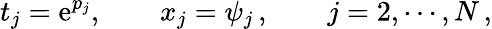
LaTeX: t_{j}=\mathrm{e}^{p_{j}},\qquad x_{j}=\psi_{j}\, ,\qquad j=2,\cdots,N\, ,